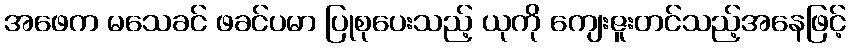
အဖေက မသေခင် ဖခင်ပမာ ပြုစုပေးသည့် ယုကို ကျေးဇူးတင်သည့်အနေဖြင့်